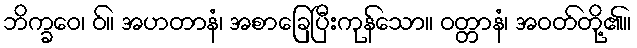
ဘိက္ခဝေ၊ ဝ်။ အဟတာနံ၊ အစာခြေပြီးကုန်သော။ ဝတ္တာနံ၊ အဝတ်တို့၏။